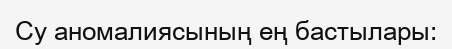
Су аномалиясының ең бастылары: